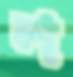
ল